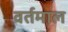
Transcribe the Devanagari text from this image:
वर्तमाल